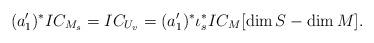
LaTeX: \begin{align*}(a_1')^* IC_{M_s}= IC_{U_v} = (a_1')^*\iota_s^* IC_M [\dim{S}-\dim{M}].\end{align*}